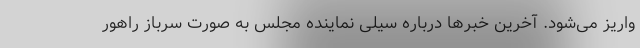
واریز می‌شود. آخرین خبرها درباره سیلی نماینده مجلس به صورت سرباز راهور